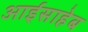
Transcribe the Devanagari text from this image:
आईसाहेब